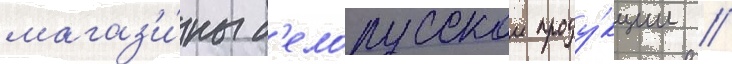
магаз'и́ны б'елорусскои проду́кции //